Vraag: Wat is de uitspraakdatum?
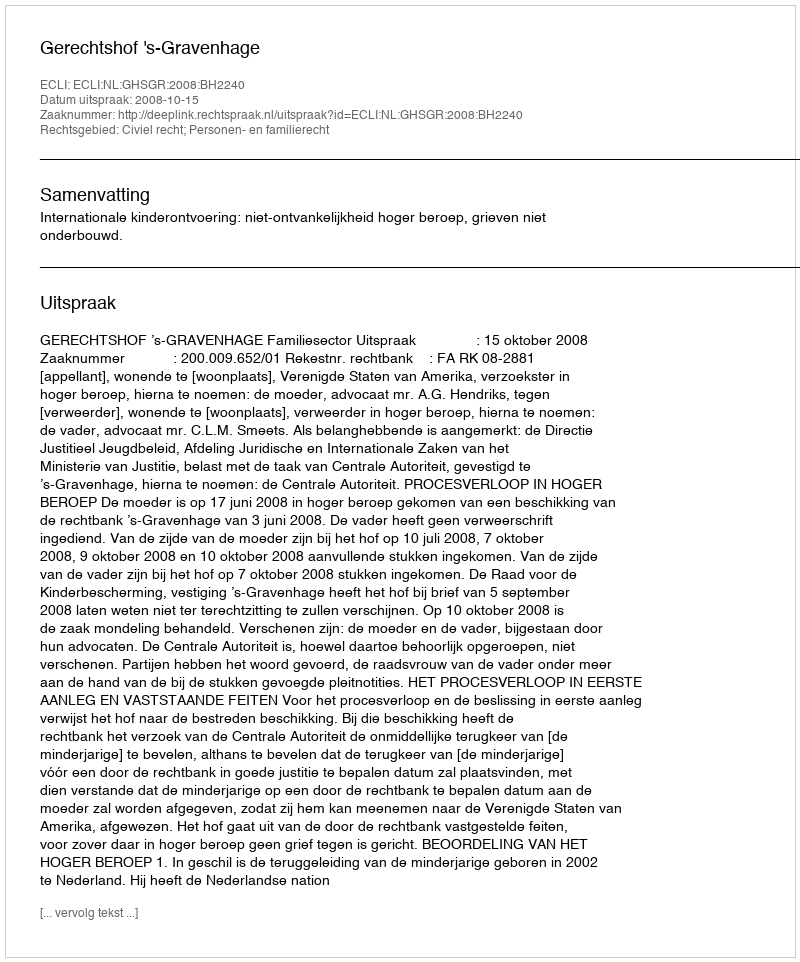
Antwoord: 2008-10-15